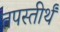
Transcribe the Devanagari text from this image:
तपस्तीर्थं